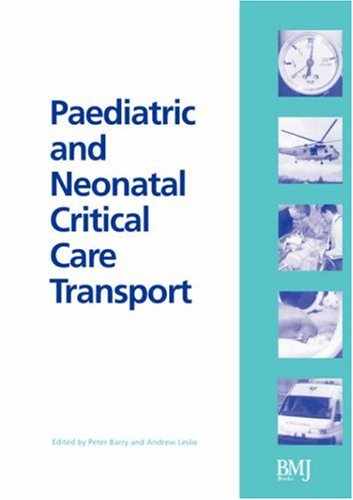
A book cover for Paediatric and Neonatal Critical Care Transport; Peter Barry; Medical Books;